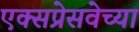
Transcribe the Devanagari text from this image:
एक्सप्रेसवेच्या